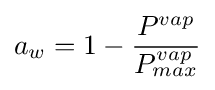
a_{w}=1-{\frac {P^{vap}}{P_{max}^{vap}}}